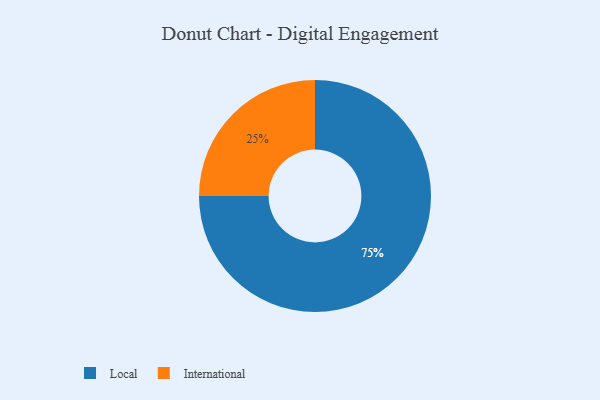
{"axis": {"x": "Category", "y": "Percentage"}, "legend": ["International", "Local"], "data": [{"x": "International", "y": 25, "type": "International"}, {"x": "Local", "y": 75, "type": "Local"}]}